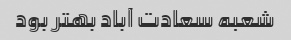
شعبه سعادت آباد بهتر بود